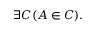
\exists C ( A \in C ) .